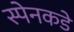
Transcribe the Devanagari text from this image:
स्पेनकडे